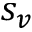
s _ { v }